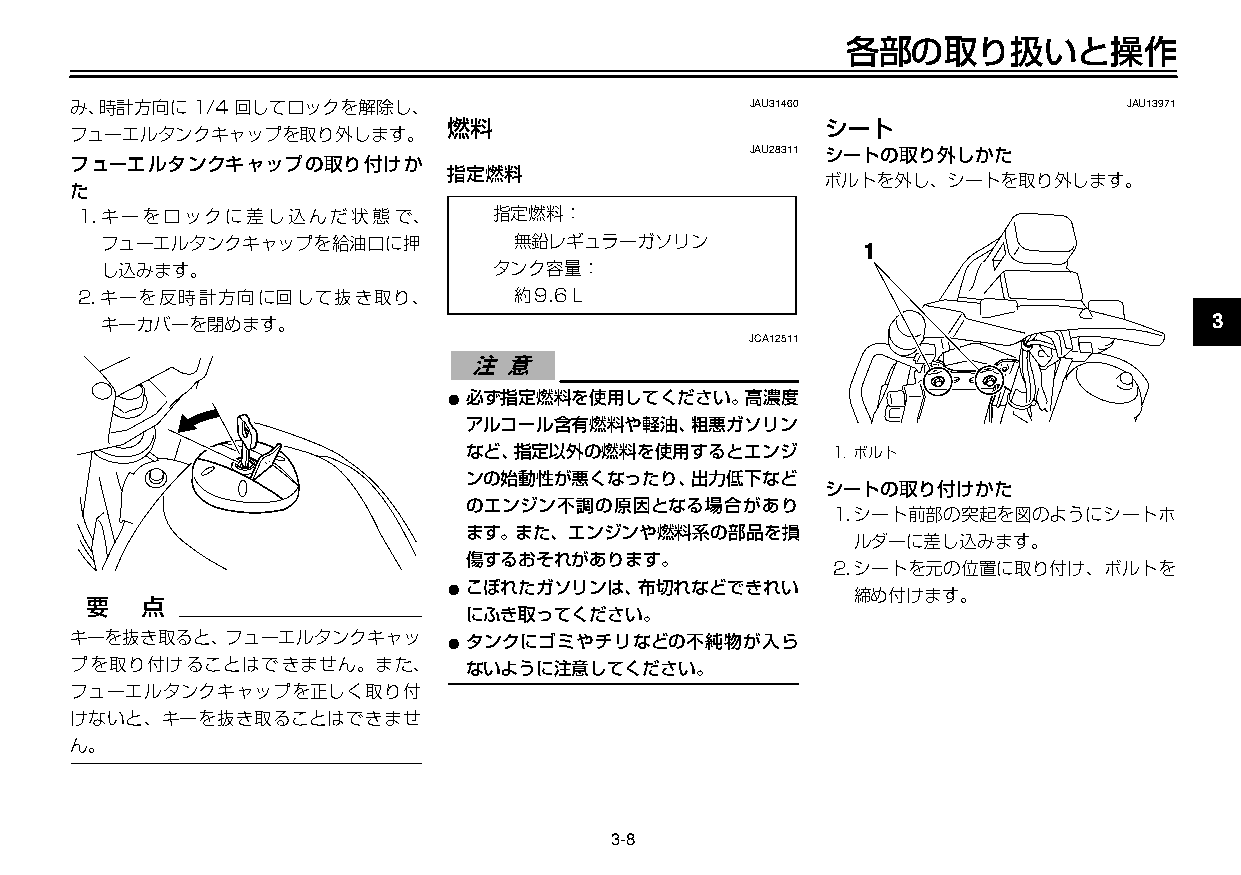
U3C5J7J0 8ページ ２００９年１１月４日 水曜日 午前９時４７分
 各部の取り扱いと操作
 み、時計方向に1/4回してロックを解除し、                        JAU31460                 JAU13971
 燃料                       シート
 フューエルタンクキャップを取り外します。
 JAU28311 シートの取り外しかた
 フューエルタンクキャップの取り付けか
 指定燃料
 ボルトを外し、シートを取り外します。
 た
 1.キーをロックに差し込んだ状態で、          指定燃料：
 フューエルタンクキャップを給油口に押         無鉛レギュラーガソリン            1
 2
 し込みます。                    タンク容量：
 2.キーを反時計方向に回して抜き取り、          約9.6L
 3
 キーカバーを閉めます。
 JCA12511
 4
 ● 必ず指定燃料を使用してください。高濃度
 アルコール含有燃料や軽油、粗悪ガソリン
 5
 など、指定以外の燃料を使用するとエンジ     1.ボルト
 ンの始動性が悪くなったり、出力低下など
 シートの取り付けかた
 6
 のエンジン不調の原因となる場合があり
 1.シート前部の突起を図のようにシートホ
 ます。また、エンジンや燃料系の部品を損
 ルダーに差し込みます。
 傷するおそれがあります。                                     7
 2.シートを元の位置に取り付け、ボルトを
 ● こぼれたガソリンは、布切れなどできれい
 締め付けます。
 にふき取ってください。                                      8
 キーを抜き取ると、フューエルタンクキャッ     ● タンクにゴミやチリなどの不純物が入ら
 プを取り付けることはできません。また、       ないように注意してください。                                   9
 フューエルタンクキャップを正しく取り付
 けないと、キーを抜き取ることはできませ
 ん。
 3-8